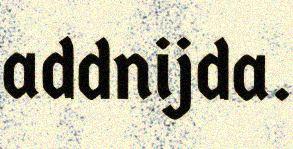
addnijda.